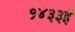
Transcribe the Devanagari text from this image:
१४३३ई